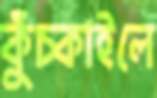
কুঁচ্‌কাইলে